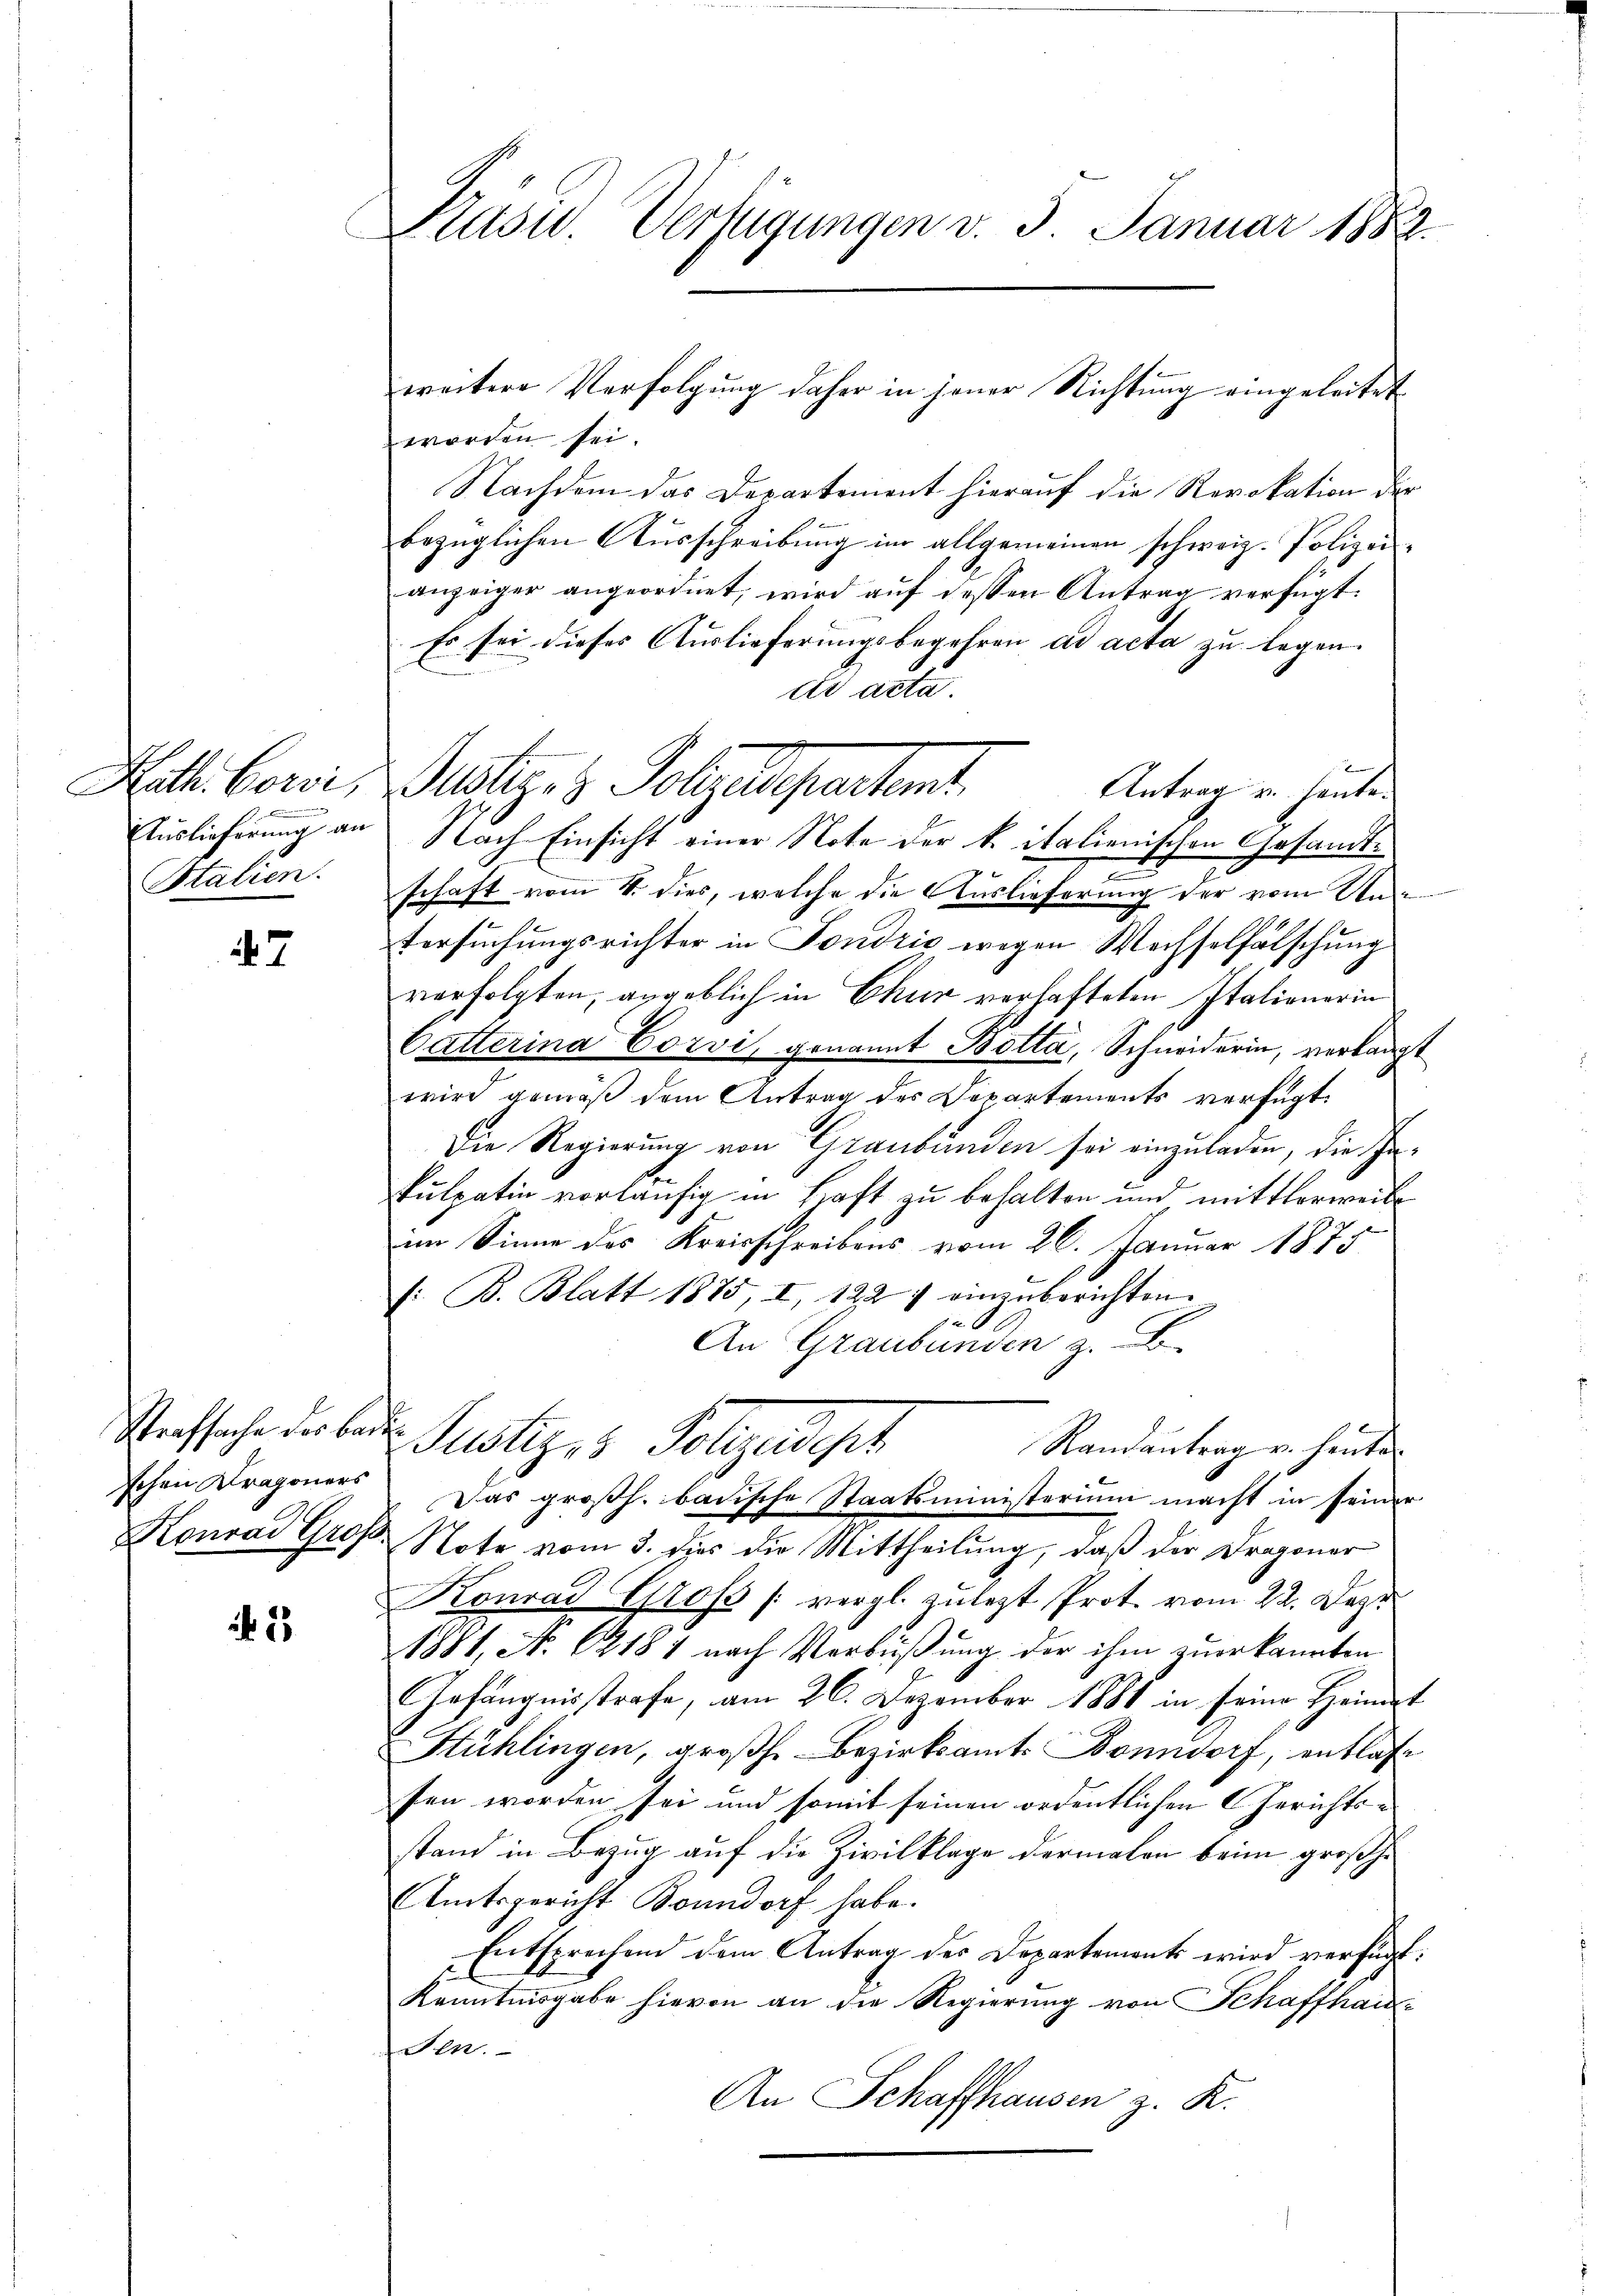
Kath. Corsi
Italien.

47

Strafsache der Baden
schen Kragoners

2

Kasu. Verfügungen v. 5. Januar 1882.

worden sei.
Nachdem das Departement hierauf die Revokation der
bezüglichen Ausschreibung im allgemeinen schweiz. Polizeianzeiger angeordnet, wird aŭf dessen Antrag verfügt:
Es sei dieses Auslieferungsbegehren ad acta zu legen.
tis acta.
2
Galiz. 3. Folgendepartamt
Antrag u. heute.
Auslieferung an Nach Einsicht einer Note der k. italienischen Gesandt¬
.
schaft vom 4. dies, welche die Auslieferung der vom Untersuchungsrichter in Fondrić wegen Wechselfälschung
verfolgten, angeblich in Chur verhafteten Italienerin
Catterina Corvi, genannt Botta, Schneiderin, verlangt
wird gemäß dem Antrag des Departements verfügt:
Die Regierung von Graubünden sei einzuladen, die Inkulpatin vorläufig in Haft zu behalten und mittlerweitim Sinne des Kreisschreibens vom 26. Januar 1875
(: B. Blatt 1885, I, 1227 einzuberichten.
An Graubünden z. B.
Justizes Vollzusehet
Randantrag u. heute
Das großh. badische Staatsministerium macht in seiner
Konrad Grof. Note vom 3. dies die Mittheilung, daß der Dragoner
Konrad Gross (vergl. zulegt Prot. vom 22. Dez.
1881, N. 12181 nach Verbüßung der ihm zuerkannten
Gefängnisstrafe, am 26. Dezember 1881 in seine Heimat
Stühlingen, großh. Bezirksamt Bonndorf, entlasse
sen worden sei und somit seinen ordentlichen Gerichtsstand in Bezug auf die Zivilklage dermalen beim großhe
Amtsgericht Bonndorf habe.
Entsprechend dem Antrag des Departements wird verfügt:
Kenntnisgabe hievon an die Regierung von Schaffhau¬
Fen.
An Schaffhausen z. K.

weitere Verfolgung daher in jener Richtung eingeleitet